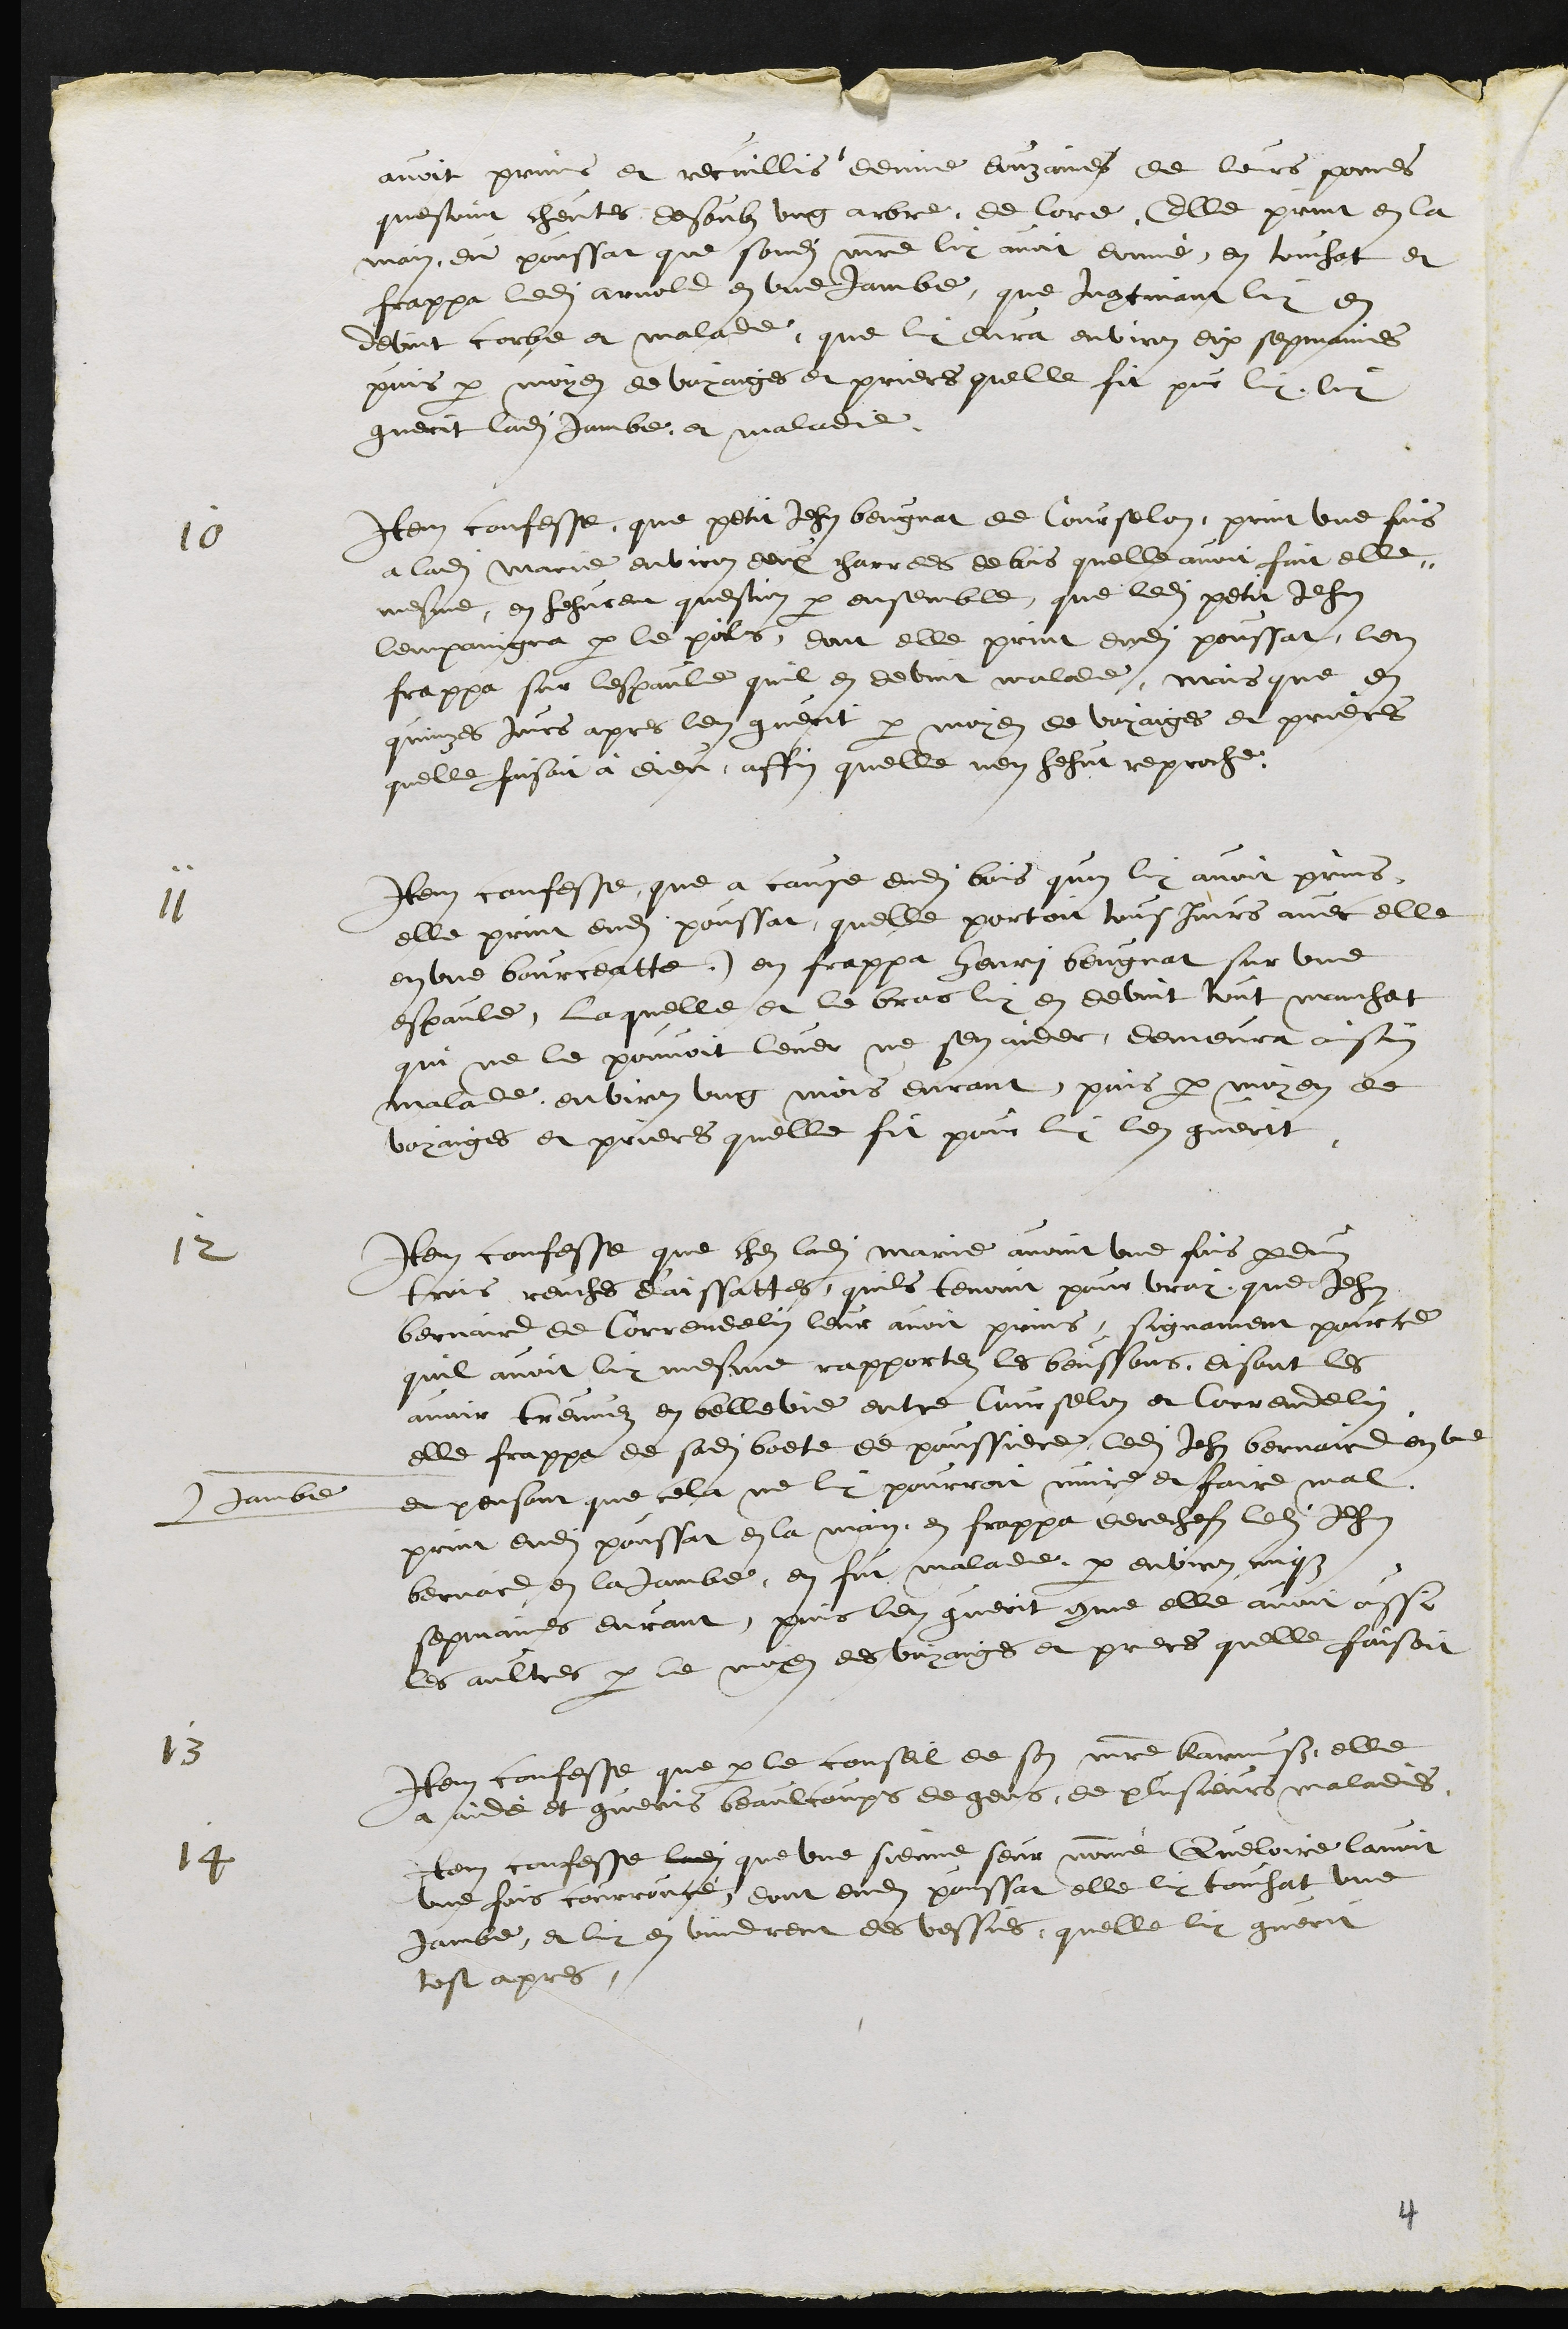
avoit prins et recuillis demie douzaines de leurs pomes
questoint cheutes desoubz ung arbre de lore, Elle print en la
main du poussat que sondit maitre luy avoit donné, en touchat et
frappa ledit arnold en une jambe, que Incontinant luy en
devint corbe et malade que luy dura environ dix sepmaines
puis par moyen de voyaiges et prieres quelle fit pour luy, luy
guerit ladite jambe, et maladie.
10
Item confesse que petit Jehan beugnat de Courselon, print une fois
a ladite Marie environ deux charrees de bois quelle avoit fait elle
mesme, en hehurent question par ensemble, que ledit petit Jehan
lempaingna par le poils, dont elle print dudit poussat, len
frappa sur lespaule quil en devint malade, mais que en
quinzes jours apres len guerit par moyen de voyaiges et prieres
quelle faisoit à Dieu, affin quelle nen hehut reproche.
11
Item confesse que a cause dudit bois quon luy avoit prins,
elle print dudit poussat, quelle portoit tousjours avec elle
en une bourceatte, en frappa henry beugnat sur une
espaule, laquelle et le bras luy en devint tout manchat
qui ne le pouvoit lever ne sen aider, demeura ainsin
malade, environ ung mois durant puis par moyen de
voyaiges et prieres quelle fit pour luy len guerit.
12
Item confesse que chez ladite Marie avoint une fois perduz
trois reuches d'aissattes, quils tenoint pour vray, que Jehan
bernaird de Correndelin leur avoit prins, signament pour ce
quil avoit luy mesme rapportez les beussons, disant les
avoir treuvez en bellevie entre Courselon et Correndelin,
elle frappa de sadite boete de poussiere ledit Jehan Bernaird en une
Jambe
et pensant que cela ne luy pourroit nuire et faire mal
print dudit poussat en la main, en frappa derechefz ledit Jehan
bernaird en la jambe, en fut malade par environ cinqz
sepmaines durant, puis len guerit comme elle avoit aussi
les aultres par le moyen des voyaiges et prieres quelle faisoit
13
Item confesse que par le conseil de son maitre Karmuss, elle
a aidé et gueris beaulcoups de gens de plusieurs maladies,
14
Item confesse ladite que une sienne seur nommé Queloire lavoit
une fois courroucé dont dudit poussat elle luy touchat une
jambe, et luy en vindrent des vessies, quelle luy guerit
tost apres.

4